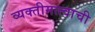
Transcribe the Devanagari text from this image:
व्यक्तीमत्त्वाची